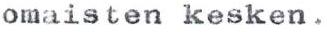
omaisten kesken.